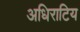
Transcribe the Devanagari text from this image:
अधिराटिय